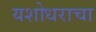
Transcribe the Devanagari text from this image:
यशोधराचा